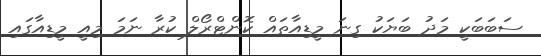
ސަބަބަކީ މަދު ބަޔަކު ގިނަ މީޑިއާތައް ކޮންޓްރޯލް ކުރާ ނަމަ މިއީ މީޑިއާގައި